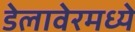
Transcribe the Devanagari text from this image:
डेलावेरमध्ये